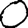
Digit: 0